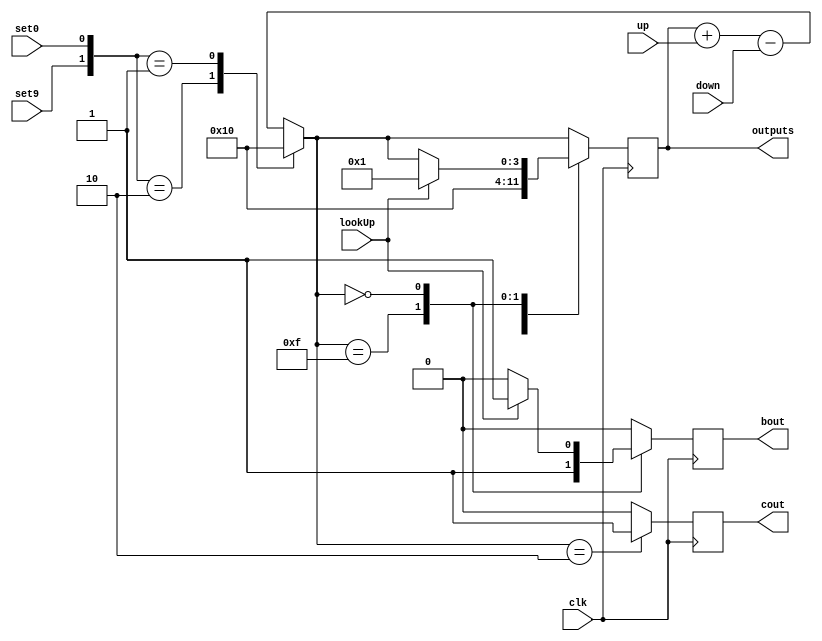
`timescale 1ns / 1ns
//////////////////////////////////////////////////////////////////////////////////
// Company: 
// Engineer: 
// 
// Design Name: 
// Module Name: unaryCounter
// Project Name: 
// Target Devices: 
// Tool Versions: 
// Description: 
// 
// Dependencies: 
// 
// Revision:
// Revision 0.01 - File Created
// Additional Comments:
// 
//////////////////////////////////////////////////////////////////////////////////


module unaryCounter(
    output reg[3:0] outputs,
    output reg cout,
    output reg bout,
    input wire up,
    input wire down,
    input wire lookUp,
    input wire set9,
    input wire set0,
    input wire clk
    );
    
initial outputs = 0;


always@(posedge clk)
begin 
    cout = 0;
    bout = 0;
    outputs = outputs + up;
    outputs = outputs - down;
    
    case({set9, set0})
        2'b10: outputs = 1;
        2'b01: outputs = 0;
    endcase
    
    case(outputs)
        4'b0010: // A overflow
            begin
                outputs = 1;
                cout = 1;
            end 
        4'b1111: // F underflow
            begin
                outputs = 0;
                bout = 1;
            end
        4'b0000:
            begin
                if (lookUp == 1) begin outputs = 1; bout = 1; end
            end
    endcase
end

endmodule